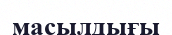
масылдығы